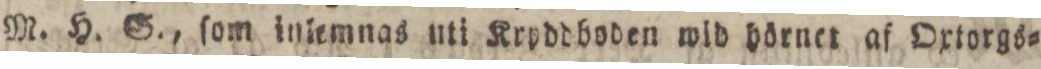
M. H. S., ſom inlemnas uti Krpddboden wid hörnet af Oxtorgs=